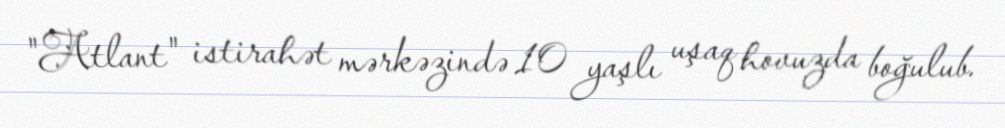
"Atlant" istirahət mərkəzində 10 yaşlı uşaq hovuzda boğulub.